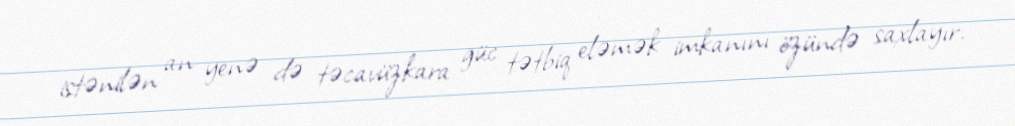
istənilən an yenə də təcavüzkara güc tətbiq eləmək imkanını özündə saxlayır.